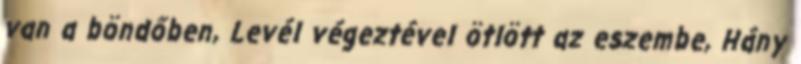
van a böndőben, Levél végeztével ötlött az eszembe, Hány